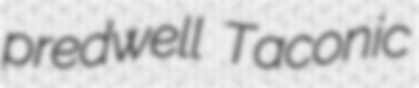
predwell Taconic